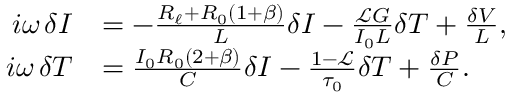
\begin{array} { r l } { \mathop { i \omega } \delta I } & { = - \frac { R _ { \ell } + R _ { 0 } ( 1 + \beta ) } { L } \delta I - \frac { \mathscr { L } G } { I _ { 0 } L } \delta T + \frac { \delta V } { L } , } \\ { \mathop { i \omega } \delta T } & { = \frac { I _ { 0 } R _ { 0 } ( 2 + \beta ) } { C } \delta I - \frac { 1 - \mathscr { L } } { \tau _ { 0 } } \delta T + \frac { \delta P } { C } . } \end{array}